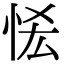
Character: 恡